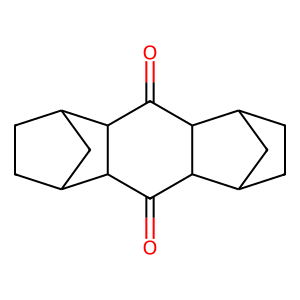
SMILES: O=C1C2C3CCC(C3)C2C(=O)C2C3CCC(C3)C12
Inhibits HIV replication: No